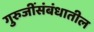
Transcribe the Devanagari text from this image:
गुरुजींसंबंधातील